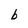
Character: b